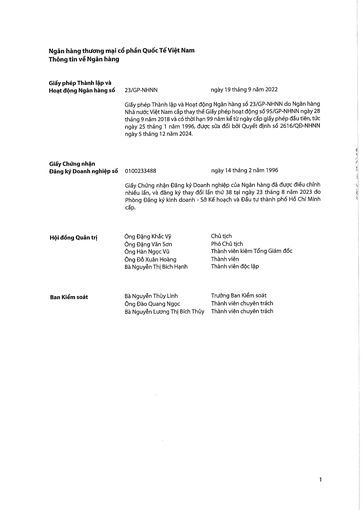
|Giấy phép Thành lập và Hoạt động Ngân hàng số|23/GP-NHNN|ngày 19 tháng 9 năm 2022| |---|---|---| ||Giấy phép Thành lập và Hoạt động Nhà nước Việt Nam cấp thay thế tháng 9 năm 2018 và có thời hạn ngày 25 tháng 1 năm 1996, được ngày 5 tháng 12 năm 2024.|Ngân hàng số 23/GP-NHNN do Ngân hàng Giấy phép hoạt động số 95/GP-NHNN ngày 28/9 năm kể từ ngày cấp giấy phép đầu tiên, sửa đổi bởi Quyết định số 2616/QĐ-NHNN| |Giấy Chứng nhận Đăng ký Doanh nghiệp số|0100233488|ngày 14 tháng 2 năm 1996| ||Giấy Chứng nhận Đăng ký Doanh nghiệp đã được điều chỉnh nhiều lần, và đăng ký thay đổi Phòng Đăng ký kinh doanh - Sở cấp.|Doanh nghiệp của Ngân hàng đã được điều chỉnh lần thứ 38 tại ngày 23 tháng 8 năm 2023 do Kế hoạch và Đầu tư thành phố Hồ Chí Minh| |Hội đồng Quản trị|Ông Đặng Khắc Vỹ|Chủ tịch| ||Ông Đặng Văn Sơn|Phó Chủ tịch| ||Ông Hàn Ngọc Vũ|Thành viên kiêm Tổng Giám đốc| ||Ông Đỗ Xuân Hoàng|Thành viên| ||Bà Nguyễn Thị Bích Hạnh|Thành viên độc lập| |Ban Kiểm soát|Bà Nguyễn Thúy Linh, Ông Đào Quang Ngọc, Bà Nguyễn Lương Thị Bích Thúy|Trưởng Ban Kiểm soát, Thành viên chuyên trách, Thành viên chuyên trách|